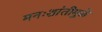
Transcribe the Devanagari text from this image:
मनःशांतीमुळे